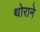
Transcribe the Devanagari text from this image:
थोराने